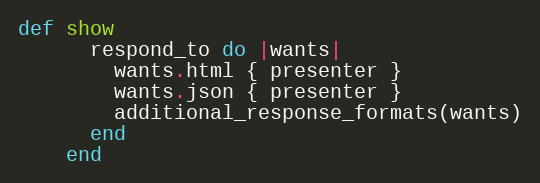
Language: Ruby
def show
      respond_to do |wants|
        wants.html { presenter }
        wants.json { presenter }
        additional_response_formats(wants)
      end
    end